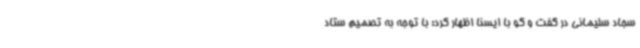
سجاد سلیمانی در گفت و گو با ایسنا اظهار کرد: با توجه به تصمیم ستاد